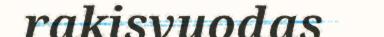
rakisvuodas